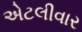
એટલીવાર